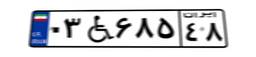
۰۳W۶۸۵۴۸